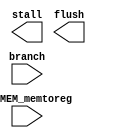
`timescale 1ns / 1ps
//////////////////////////////////////////////////////////////////////////////////
// Company: 
// Engineer: 
// 
// Design Name: 
// Module Name: Hazard_Unit
// Project Name: 
// Target Devices: 
// Tool Versions: 
// Description: 
// 
// Dependencies: 
// 
// Revision:
// Revision 0.01 - File Created
// Additional Comments:
// 
//////////////////////////////////////////////////////////////////////////////////


module Hazard_Unit(
    input EX_MEM_memtoreg,
    input branch,
    output stall,
    output flush
    );
    
    
    
    
    
endmodule